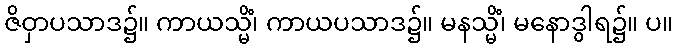
ဇိဝှာပသာဒ၌။ ကာယသ္မိံ၊ ကာယပသာဒ၌။ မနသ္မိံ၊ မနောဒွါရ၌။ ပ။